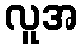
လူအ